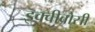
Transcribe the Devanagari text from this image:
इक्वीवोसी